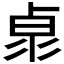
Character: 𠧻